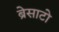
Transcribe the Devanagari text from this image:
ब्रेसाटो